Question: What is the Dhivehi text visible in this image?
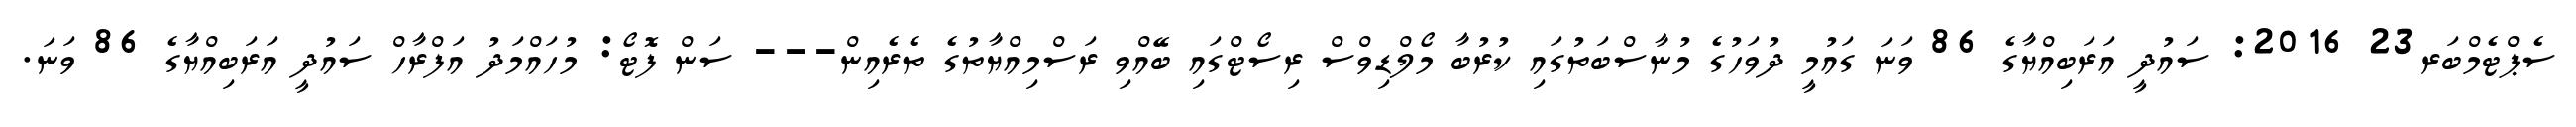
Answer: ސެޕްޓެމްބަރ23 2016: ސައުދީ އަރަބިއްޔާގެ 86 ވަނަ ގައުމީ ދުވަހުގެ މުނާސްބަތުގައި ކުރުބާ މޯލްޑިވްސް ރިސޯޓްގައި ބޭއްވި ރަސްމިއްޔާތުގެ ތެރެއިން--- ސަން ފޮޓޯ: މުހައްމަދު އަފްރާހް ސައުދީ އަރަބިއްޔާގެ 86 ވަނަ.